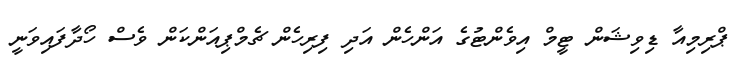
ޕްރިމިއާ ޑިވިޝަން ޓީމް އިވެންޓުގެ އަންހެން އަދި ފިރިހެން ޗެމްޕިއަންކަން ވެސް ހޯދާފައިވަނީ